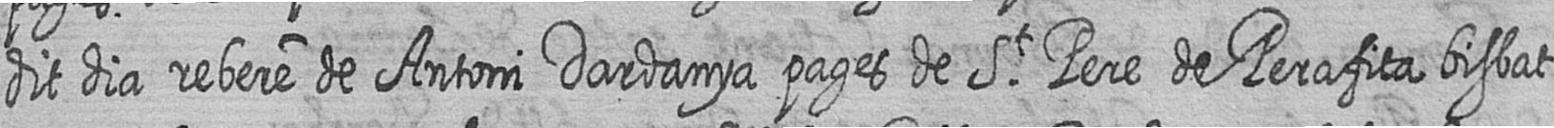
dit dia rebere de Antoni Dardanya pages de St Pere de Perafita bisbat